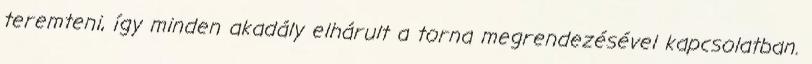
teremteni, így minden akadály elhárult a torna megrendezésével kapcsolatban.